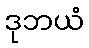
ဒုဘယံ